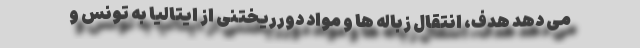
می دهد هدف، انتقال زباله ها و مواد دورریختنی از ایتالیا به تونس و